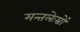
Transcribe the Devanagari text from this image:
मन्तलेःम्रों